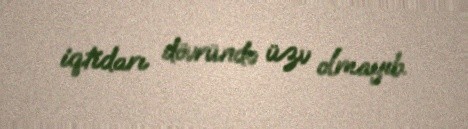
iqtidarı dövründə üzv olmayıb.